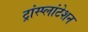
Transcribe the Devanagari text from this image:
ट्रांस्प्लांटेशन